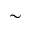
\sim